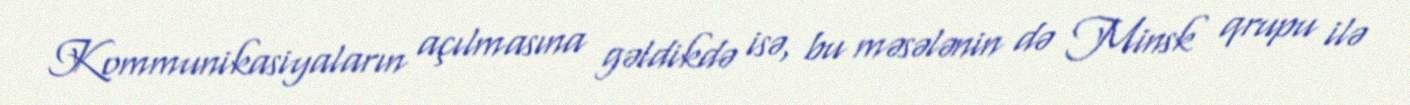
Kommunikasiyaların açılmasına gəldikdə isə, bu məsələnin də Minsk qrupu ilə